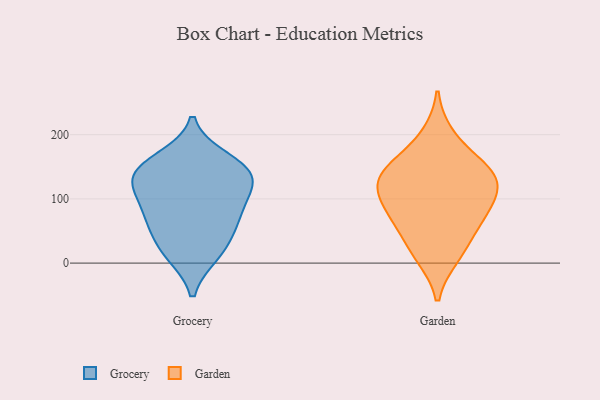
{"axis": {"x": "Bounce Rate (%)", "y": "Value"}, "legend": ["Garden", "Grocery"], "data": [{"x": "", "y": 71, "type": "Grocery"}, {"x": "", "y": 48, "type": "Grocery"}, {"x": "", "y": 138, "type": "Grocery"}, {"x": "", "y": 162, "type": "Grocery"}, {"x": "", "y": 18, "type": "Grocery"}, {"x": "", "y": 149, "type": "Grocery"}, {"x": "", "y": 132, "type": "Grocery"}, {"x": "", "y": 113, "type": "Grocery"}, {"x": "", "y": 138, "type": "Grocery"}, {"x": "", "y": 94, "type": "Grocery"}, {"x": "", "y": 73, "type": "Grocery"}, {"x": "", "y": 14, "type": "Grocery"}, {"x": "", "y": 62, "type": "Garden"}, {"x": "", "y": 115, "type": "Garden"}, {"x": "", "y": 19, "type": "Garden"}, {"x": "", "y": 159, "type": "Garden"}, {"x": "", "y": 63, "type": "Garden"}, {"x": "", "y": 122, "type": "Garden"}, {"x": "", "y": 136, "type": "Garden"}, {"x": "", "y": 198, "type": "Garden"}, {"x": "", "y": 11, "type": "Garden"}, {"x": "", "y": 89, "type": "Garden"}, {"x": "", "y": 144, "type": "Garden"}, {"x": "", "y": 133, "type": "Garden"}, {"x": "", "y": 86, "type": "Garden"}]}